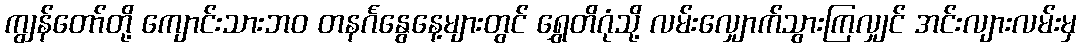
ကျွန်တော်တို့ ကျောင်းသားဘဝ တနင်္ဂနွေနေ့များတွင် ရွှေတိဂုံသို့ လမ်းလျှောက်သွားကြလျှင် အင်းလျားလမ်းမှ